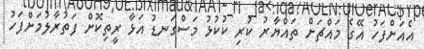
އެއަށްފަހު އޭގެ މައްޗަށް ތައްޔާރު ކުރި ކުކުޅު މަސްގަނޑު އަޅާ ރީތިކޮށް ފަތުރާލުމަށްފަހު